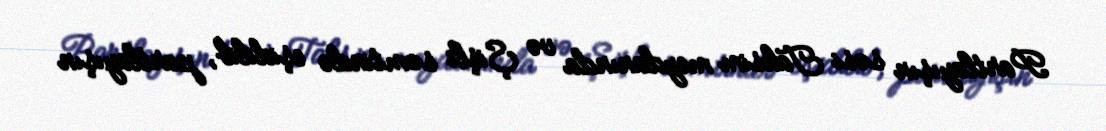
Partlayışın səsi Taksim meydanında və Şişli səmtində eşidilib, partlayışın